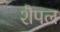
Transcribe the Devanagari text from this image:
शैपल